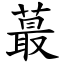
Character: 蕞